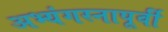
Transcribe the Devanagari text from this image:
अभ्यंगस्नापूर्वी